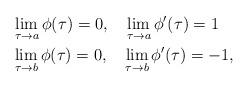
LaTeX: \begin{align*}& \lim_{\tau\rightarrow a}\phi(\tau)=0, \ \ \ \lim_{\tau\rightarrow a}\phi'(\tau)=1\\& \lim_{\tau\rightarrow b}\phi(\tau)=0, \ \ \ \lim_{\tau\rightarrow b}\phi'(\tau)=-1,\end{align*}